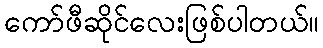
ကော်ဖီဆိုင်လေးဖြစ်ပါတယ်။